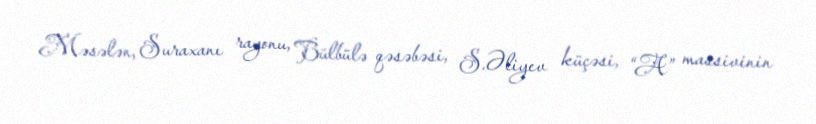
Məsələn, Suraxanı rayonu, Bülbülə qəsəbəsi, S.Əliyev küçəsi, “A” massivinin